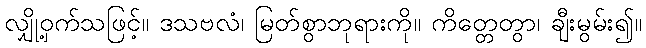
လျှို့ဝှက်သဖြင့်။ ဒသဗလံ၊ မြတ်စွာဘုရားကို။ ကိတ္တေတွာ၊ ချီးမွမ်း၍။